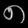
Digit: ၈